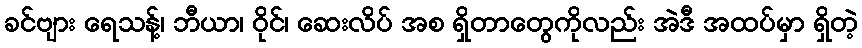
ခင်ဗျား ရေသန့်၊ ဘီယာ၊ ဝိုင်၊ ဆေးလိပ် အစ ရှိတာတွေကိုလည်း အဲဒီ အထပ်မှာ ရှိတဲ့